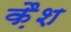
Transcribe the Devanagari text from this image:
क़ैश